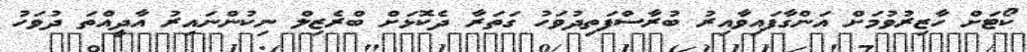
ކޯޓަށް ހާޒިރުވުމަށް އަންގާފައިވާއިރު ބުރާސްފަތިދުވަހު ގަތަރާ ދެކޮޅަށް ބްރެޒިލް ނިކުންނައިރު އާދީއްތަ ދުވަހު